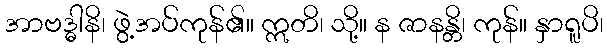
အာဗဒ္ဓါနိ၊ ဖွဲ့အပ်ကုန်၏။ ဣတိ၊ သို့။ န ဇာနန္တိ၊ ကုန်။ နှာရူပိ၊